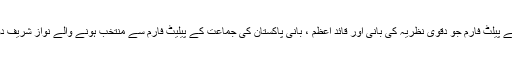
اپنے بھی کیا جن کو عوام نے مسلم لیگ کے پیلٹ فارم جو دقوی نظریہ کی بانی اور قائد اعظمؒ ، بانی پاکستان کی جماعت کے پیلیٹ فارم سے منتخب ہونے والے نواز شریف دو قومی نظریہ کی مخالفت پر اُتر آئے ہیں۔